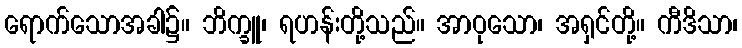
ရောက်သောအခါ၌။ ဘိက္ခူ၊ ရဟန်းတို့သည်။ အာဝုသော၊ အရှင်တို့။ ကီဒိသာ၊